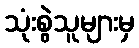
သုံးစွဲသူများမှ